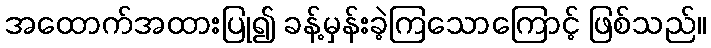
အထောက်အထားပြု၍ ခန့်မှန်းခဲ့ကြသောကြောင့် ဖြစ်သည်။